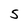
Character: S